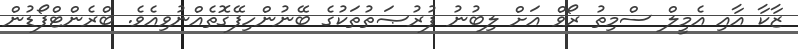
ޒާކާ އާއި އެމީލް ސްމިތު ރޯވް އަށް ލިބުނު ފުރުޞަތުތަކުގެ ބޭނުންހިފޭގޮތެއްނުވިއެވެ. ބްރެންޓްފޯޑުން